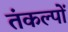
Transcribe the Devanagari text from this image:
तंकल्पों